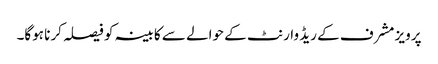
پرویز مشرف کے ریڈ وارنٹ کے حوالے سے کابینہ کو فیصلہ کرنا ہوگا۔